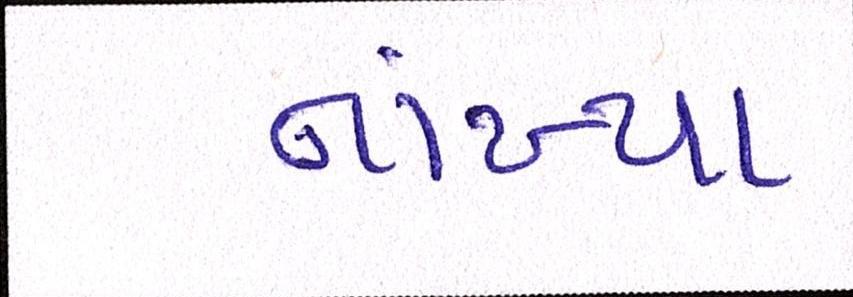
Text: નાંખ્યા